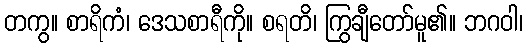
တကွ။ စာရိကံ၊ ဒေသစာရီကို။ စရတိ၊ ကြွချီတော်မူ၏။ ဘဂဝါ၊